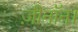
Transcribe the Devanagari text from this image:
ज़ीनॉन।